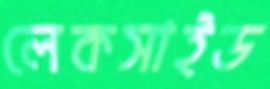
লেকসাইড